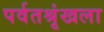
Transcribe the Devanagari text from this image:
पर्वतश्रृंखला